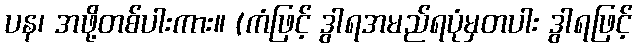
ပန၊ အဖို့တစ်ပါးကား။ (ကံဖြင့် ဒွါရအမည်ရပုံမှတပါး ဒွါရဖြင့်